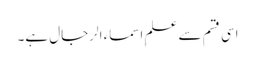
اسی قسم سے علمِ اسماء الرجال ہے۔